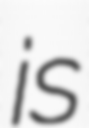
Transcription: is